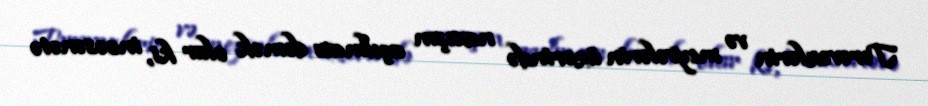
Tərəvəzlərin və meyvələrin üzərində naxışın açılması demək olar ki, incəsənətə